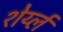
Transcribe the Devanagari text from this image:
शेर्य्ल